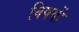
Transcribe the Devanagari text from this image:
विषयाें